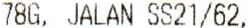
78G, JALAN SS21/62,